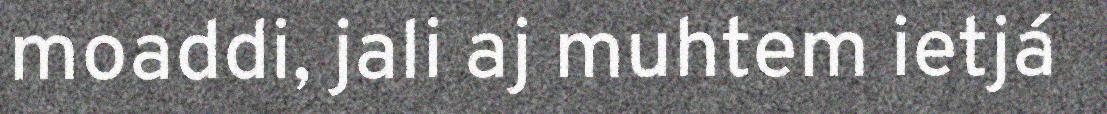
moaddi, jali aj muhtem ietjá